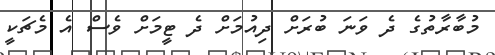
މުބާރާތުގެ ދެ ވަނަ ބުރަށް ދިއުމަށް ދެ ޓީމަށް ވެސް އެ މެޗަކީ